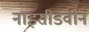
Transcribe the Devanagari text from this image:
नाइसीडवीन